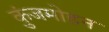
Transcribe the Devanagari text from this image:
कुंजमोहन